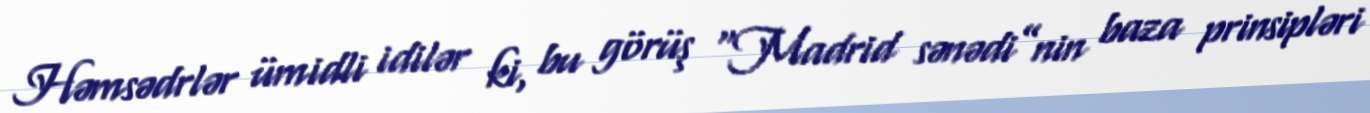
Həmsədrlər ümidli idilər ki, bu görüş “Madrid sənədi”nin baza prinsipləri